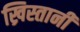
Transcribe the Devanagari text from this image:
ख्रिस्तानी